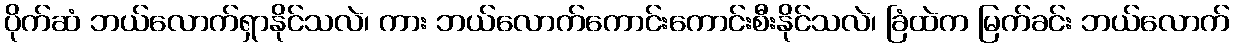
ပိုက်ဆံ ဘယ်လောက်ရှာနိုင်သလဲ၊ ကား ဘယ်လောက်ကောင်းကောင်းစီးနိုင်သလဲ၊ ခြံထဲက မြက်ခင်း ဘယ်လောက်